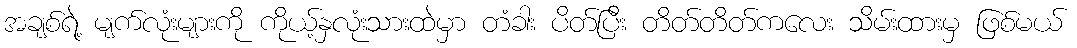
အချစ်ရဲ့ မျက်လုံးများကို ကိုယ့်နှလုံးသားထဲမှာ တံခါး ပိတ်ပြီး တိတ်တိတ်ကလေး သိမ်းထားမှ ဖြစ်မယ်